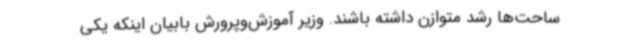
ساحت‌ها رشد متوازن داشته باشند. وزیر آموزش‌وپرورش بابیان اینکه یکی